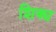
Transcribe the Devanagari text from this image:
शिक्य